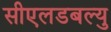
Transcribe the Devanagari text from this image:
सीएलडबल्यु